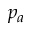
p _ { a }